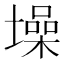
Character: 𪤢